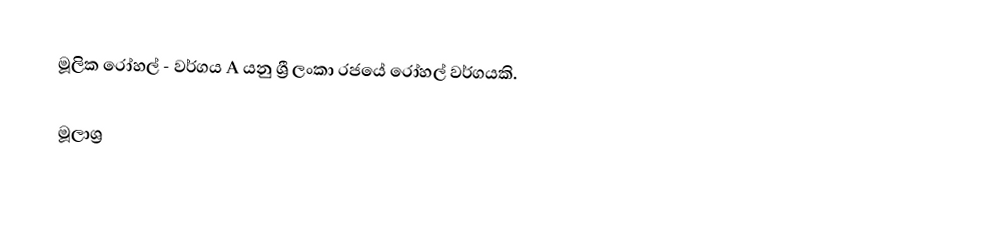
මූලික රෝහල් - වර්ගය A යනු ශ්‍රී ලංකා රජයේ රෝහල් වර්ගයකි.

මූලාශ්‍ර